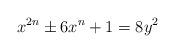
LaTeX: \begin{align*} x^{2n} \pm 6 x^n + 1 = 8y^2\end{align*}